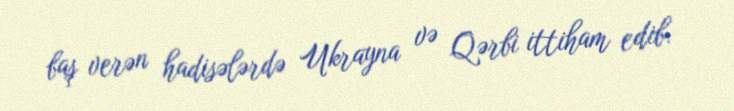
baş verən hadisələrdə Ukrayna və Qərbi ittiham edib.